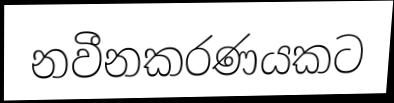
නවීනකරණයකට